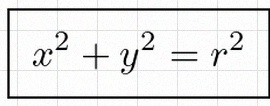
x^2+y^2=r^2